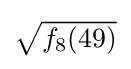
{\textstyle {\sqrt {f_{8}(49)}}}